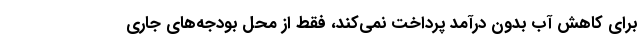
برای کاهش آب بدون درآمد پرداخت نمی‌کند، فقط از محل بودجه‌های جاری